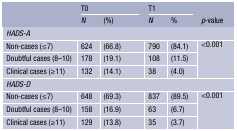
<table><thead><tr><td rowspan="2"></td><td colspan="2"><b>T0</b></td><td colspan="2"><b>T1</b></td><td></td></tr><tr><td><b><i>N</i></b></td><td><b>(%)</b></td><td><b><i>N</i></b></td><td><b>%</b></td><td><b><i>p</i>-value</b></td></tr></thead><tbody><tr><td colspan="6"><i>HADS-A</i></td></tr><tr><td>Non-cases (≤7)</td><td>624</td><td>(66.8)</td><td>790</td><td>(84.1)</td><td rowspan="3">&lt;0.001</td></tr><tr><td>Doubtful cases (8–10)</td><td>178</td><td>(19.1)</td><td>108</td><td>(11.5)</td></tr><tr><td>Clinical cases (≥11)</td><td>132</td><td>(14.1)</td><td>38</td><td>(4.0)</td></tr><tr><td colspan="6"><i>HADS-D</i></td></tr><tr><td>Non-cases (≤7)</td><td>648</td><td>(69.3)</td><td>837</td><td>(89.5)</td><td rowspan="3">&lt;0.001</td></tr><tr><td>Doubtful cases (8–10)</td><td>158</td><td>(16.9)</td><td>63</td><td>(6.7)</td></tr><tr><td>Clinical cases (≥11)</td><td>129</td><td>(13.8)</td><td>35</td><td>(3.7)</td></tr></tbody></table>